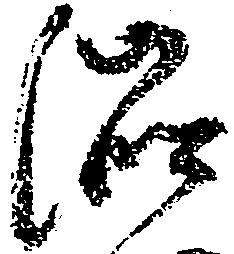
渋